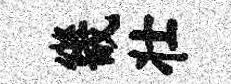
畿壮